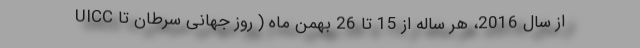
UICC از سال 2016، هر ساله از 15 تا 26 بهمن ماه ( روز جهانی سرطان تا